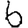
Digit: 6